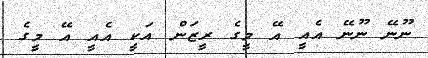
ނޫނޭ ނޫނޭ އެއީ އޭ މީގެ ރީޒަން އަކީ އެއީ އޭ މީގެ